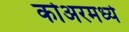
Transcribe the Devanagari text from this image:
कोअरमध्ये